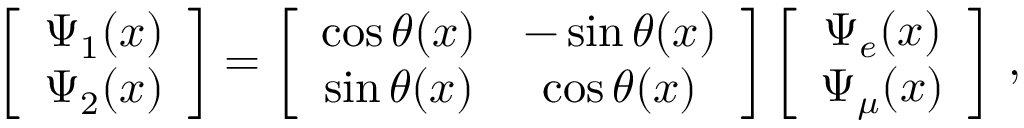
\left[ \begin{array} { c c } { { \Psi _ { 1 } ( x ) } } \\ { { \Psi _ { 2 } ( x ) } } \end{array} \right] = \left[ \begin{array} { c c } { { \cos { \theta ( x ) } } } & { { - \sin { \theta ( x ) } } } \\ { { \sin { \theta ( x ) } } } & { { \cos { \theta ( x ) } } } \end{array} \right] \left[ \begin{array} { c c } { { \Psi _ { e } ( x ) } } \\ { { \Psi _ { \mu } ( x ) } } \end{array} \right] \, ,